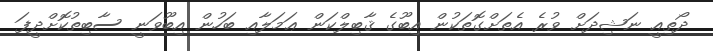
ދޯތިއީ ނަޝިދަށް ވުރެ އެތަށްގޮތަކުން އިބޫގެ ޤާބިލްކަން ޢަމަލާއި ބަހުން އިބޫވަނީ ސާބިތުކޮށްދީފަ